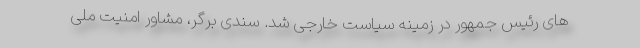
های رئیس جمهور در زمینه سیاست خارجی شد. سندی برگر، مشاور امنیت ملی